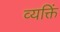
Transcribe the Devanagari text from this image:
व्यक्तिं